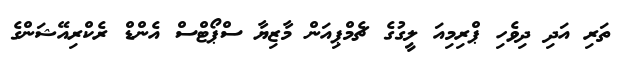
ތަރި އަދި ދިވެހި ޕްރިމިއަ ލީގުގެ ޗެމްޕިއަން މާޒިޔާ ސްޕޯޓްސް އެންޑް ރެކްރިއޭޝަންގެ